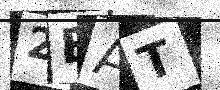
Text: 2EAT